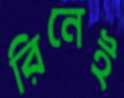
রিনেই